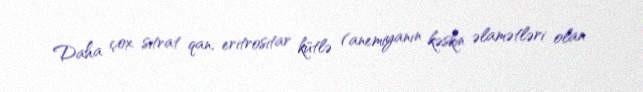
Daha çox sitrat qan, eritrositar kütlə (anemiyanın kəskin əlamətləri olan